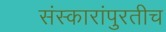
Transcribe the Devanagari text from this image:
संस्कारांपुरतीच